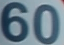
60